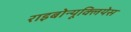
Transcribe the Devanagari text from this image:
राइबोन्यूक्लियेस